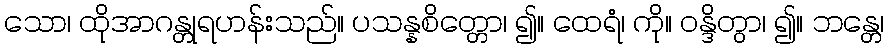
သော၊ ထိုအာဂန္တုရဟန်းသည်။ ပသန္နစိတ္တော၊ ၍။ ထေရံ၊ ကို။ ဝန္ဒိတွာ၊ ၍။ ဘန္တေ၊